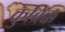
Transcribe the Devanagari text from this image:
कुब्रिक्क